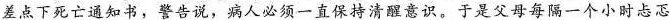
医生差点下死亡通知书，警告说，病人必须一直保持清醒意识。于是父母每隔一个小时忐忑